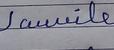
Signature authenticity: forged